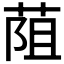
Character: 𦯓